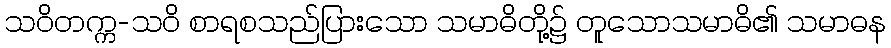
သဝိတက္က-သဝိ စာရစသည်ပြားသော သမာဓိတို့၌ တူသောသမာဓိ၏ သမာဓန